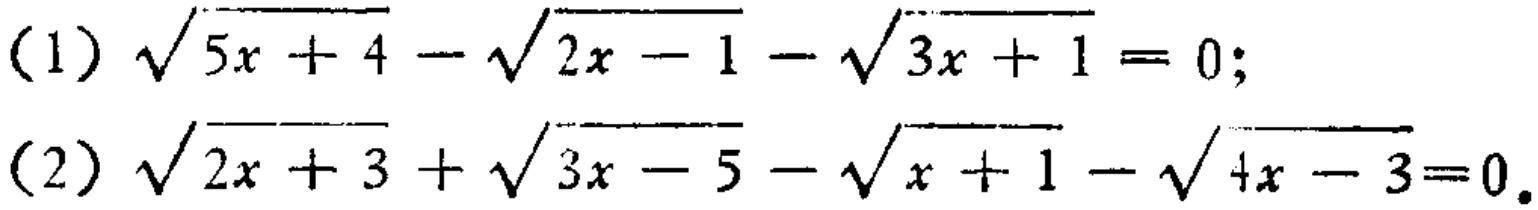
(1) \(\sqrt{5x + 4}-\sqrt{2x - 1}-\sqrt{3x + 1}=0\);
(2) \(\sqrt{2x + 3}+\sqrt{3x - 5}-\sqrt{x + 1}-\sqrt{4x - 3}=0\)